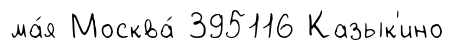
ма́я Москва́ 395116 Казык'ино